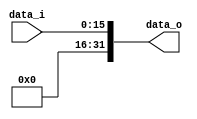
module Sign_Extend(
  data_i,
  data_o,
);

input   [15:0]  data_i;
output  [31:0]  data_o;

assign data_o[31:16] = 1'b0;
assign data_o[15:0] = data_i[15:0];

endmodule